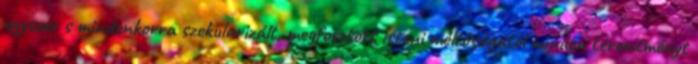
egyszer s mindenkorra szekularizált, megfosztott isteni méltóságától minden teremtményt